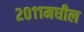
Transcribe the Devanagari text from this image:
२०११मधील